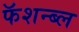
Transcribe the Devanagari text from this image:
फॅशन्ब्ल